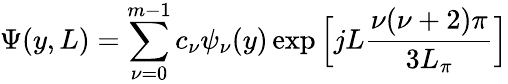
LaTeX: \Psi(y,L)=\sum_{\nu=0}^{m-1}c_{\nu}\psi_{\nu}(y)\exp{\Big[jL\frac{\nu(\nu+2)\pi}{3L_{\pi}}\Big]}